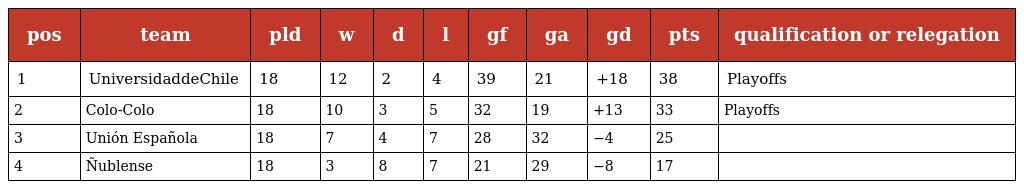
| pos | team | pld | w | d | l | gf | ga | gd | pts | qualification or relegation |
 | --- | --- | --- | --- | --- | --- | --- | --- | --- | --- | --- |
 | 1 | UniversidaddeChile | 18 | 12 | 2 | 4 | 39 | 21 | +18 | 38 | Playoffs |
 | 2 | Colo-Colo | 18 | 10 | 3 | 5 | 32 | 19 | +13 | 33 | Playoffs |
 | 3 | Unión Española | 18 | 7 | 4 | 7 | 28 | 32 | −4 | 25 |  |
 | 4 | Ñublense | 18 | 3 | 8 | 7 | 21 | 29 | −8 | 17 |  |